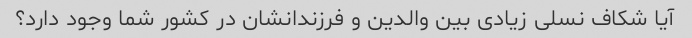
آیا شکاف نسلی زیادی بین والدین و فرزندانشان در کشور شما وجود دارد؟